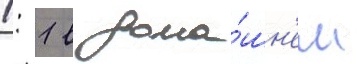
1: 1 в дома́шн'ем